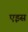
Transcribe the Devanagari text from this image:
एइस